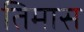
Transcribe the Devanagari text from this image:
तिमास